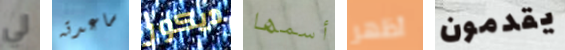
لي ساعدته ديكور أسمها أظهر يقدمون